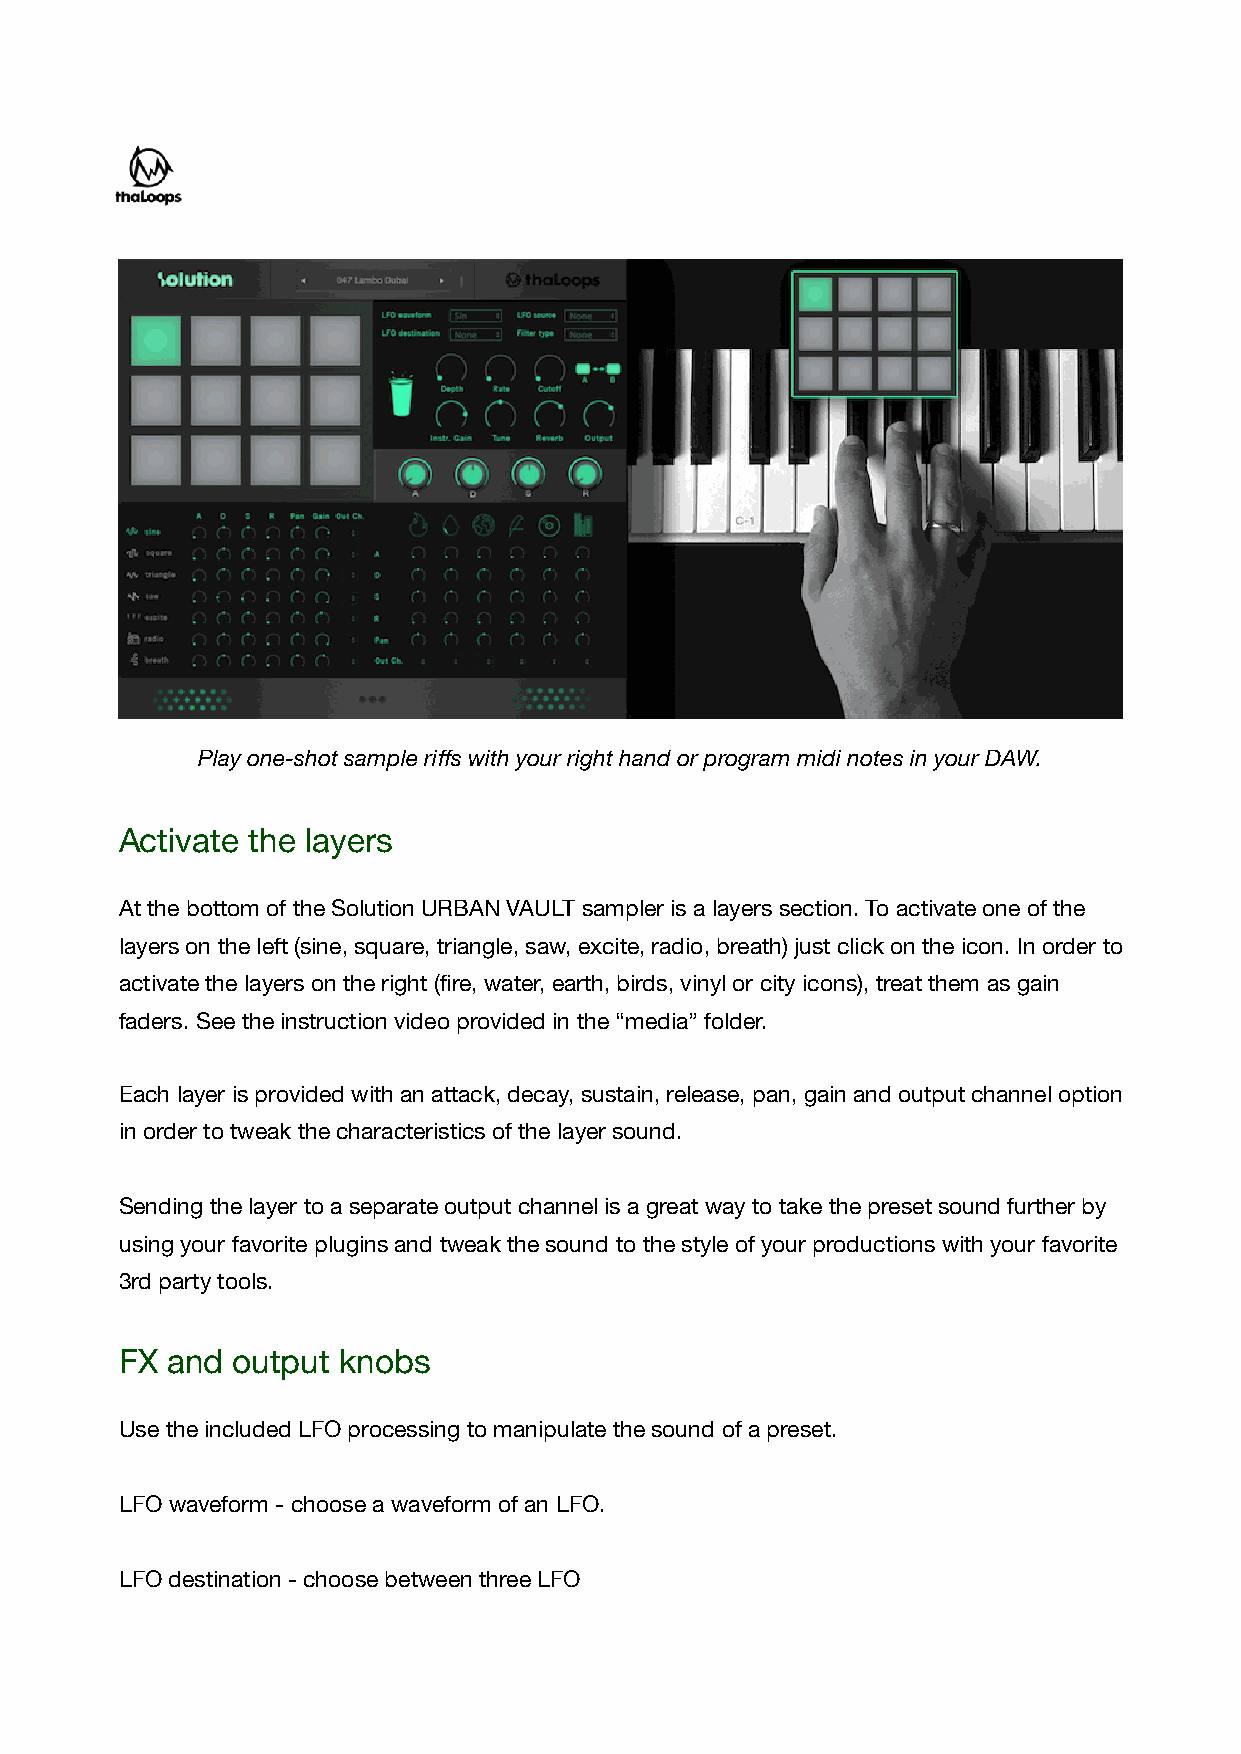
Play one-shot sample riffs with your right hand or program midi notes in your DAW.
 Activate the layers
 At the bottom of the Solution URBAN VAULT sampler is a layers section. To activate one of the
 layers on the left (sine, square, triangle, saw, excite, radio, breath) just click on the icon. In order to
 activate the layers on the right (fire, water, earth, birds, vinyl or city icons), treat them as gain
 faders. See the instruction video provided in the “media” folder.
 Each layer is provided with an attack, decay, sustain, release, pan, gain and output channel option
 in order to tweak the characteristics of the layer sound.
 Sending the layer to a separate output channel is a great way to take the preset sound further by
 using your favorite plugins and tweak the sound to the style of your productions with your favorite
 3rd party tools.
 FX and output knobs
 Use the included LFO processing to manipulate the sound of a preset.
 LFO waveform - choose a waveform of an LFO.
 LFO destination - choose between three LFO